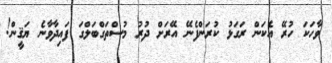
ވާހަކަ ހުރޭ އެކަން ރަގަޅު ކުރަންފެނޭ އޭރަށް ދުރު މުސްތަގްބަލްގަ ފައިދާވާނެ ޔަޤީން!